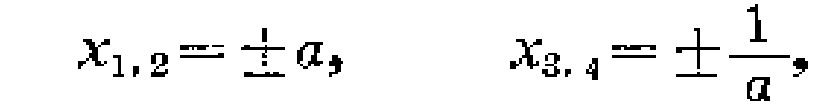
\(x_{1,2}=\pm a,\quad x_{3,4}=\pm\frac{1}{a},\)